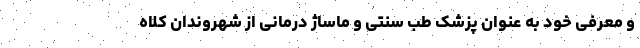
و معرفی خود به عنوان پزشک طب سنتی و ماساژ درمانی از شهروندان کلاه